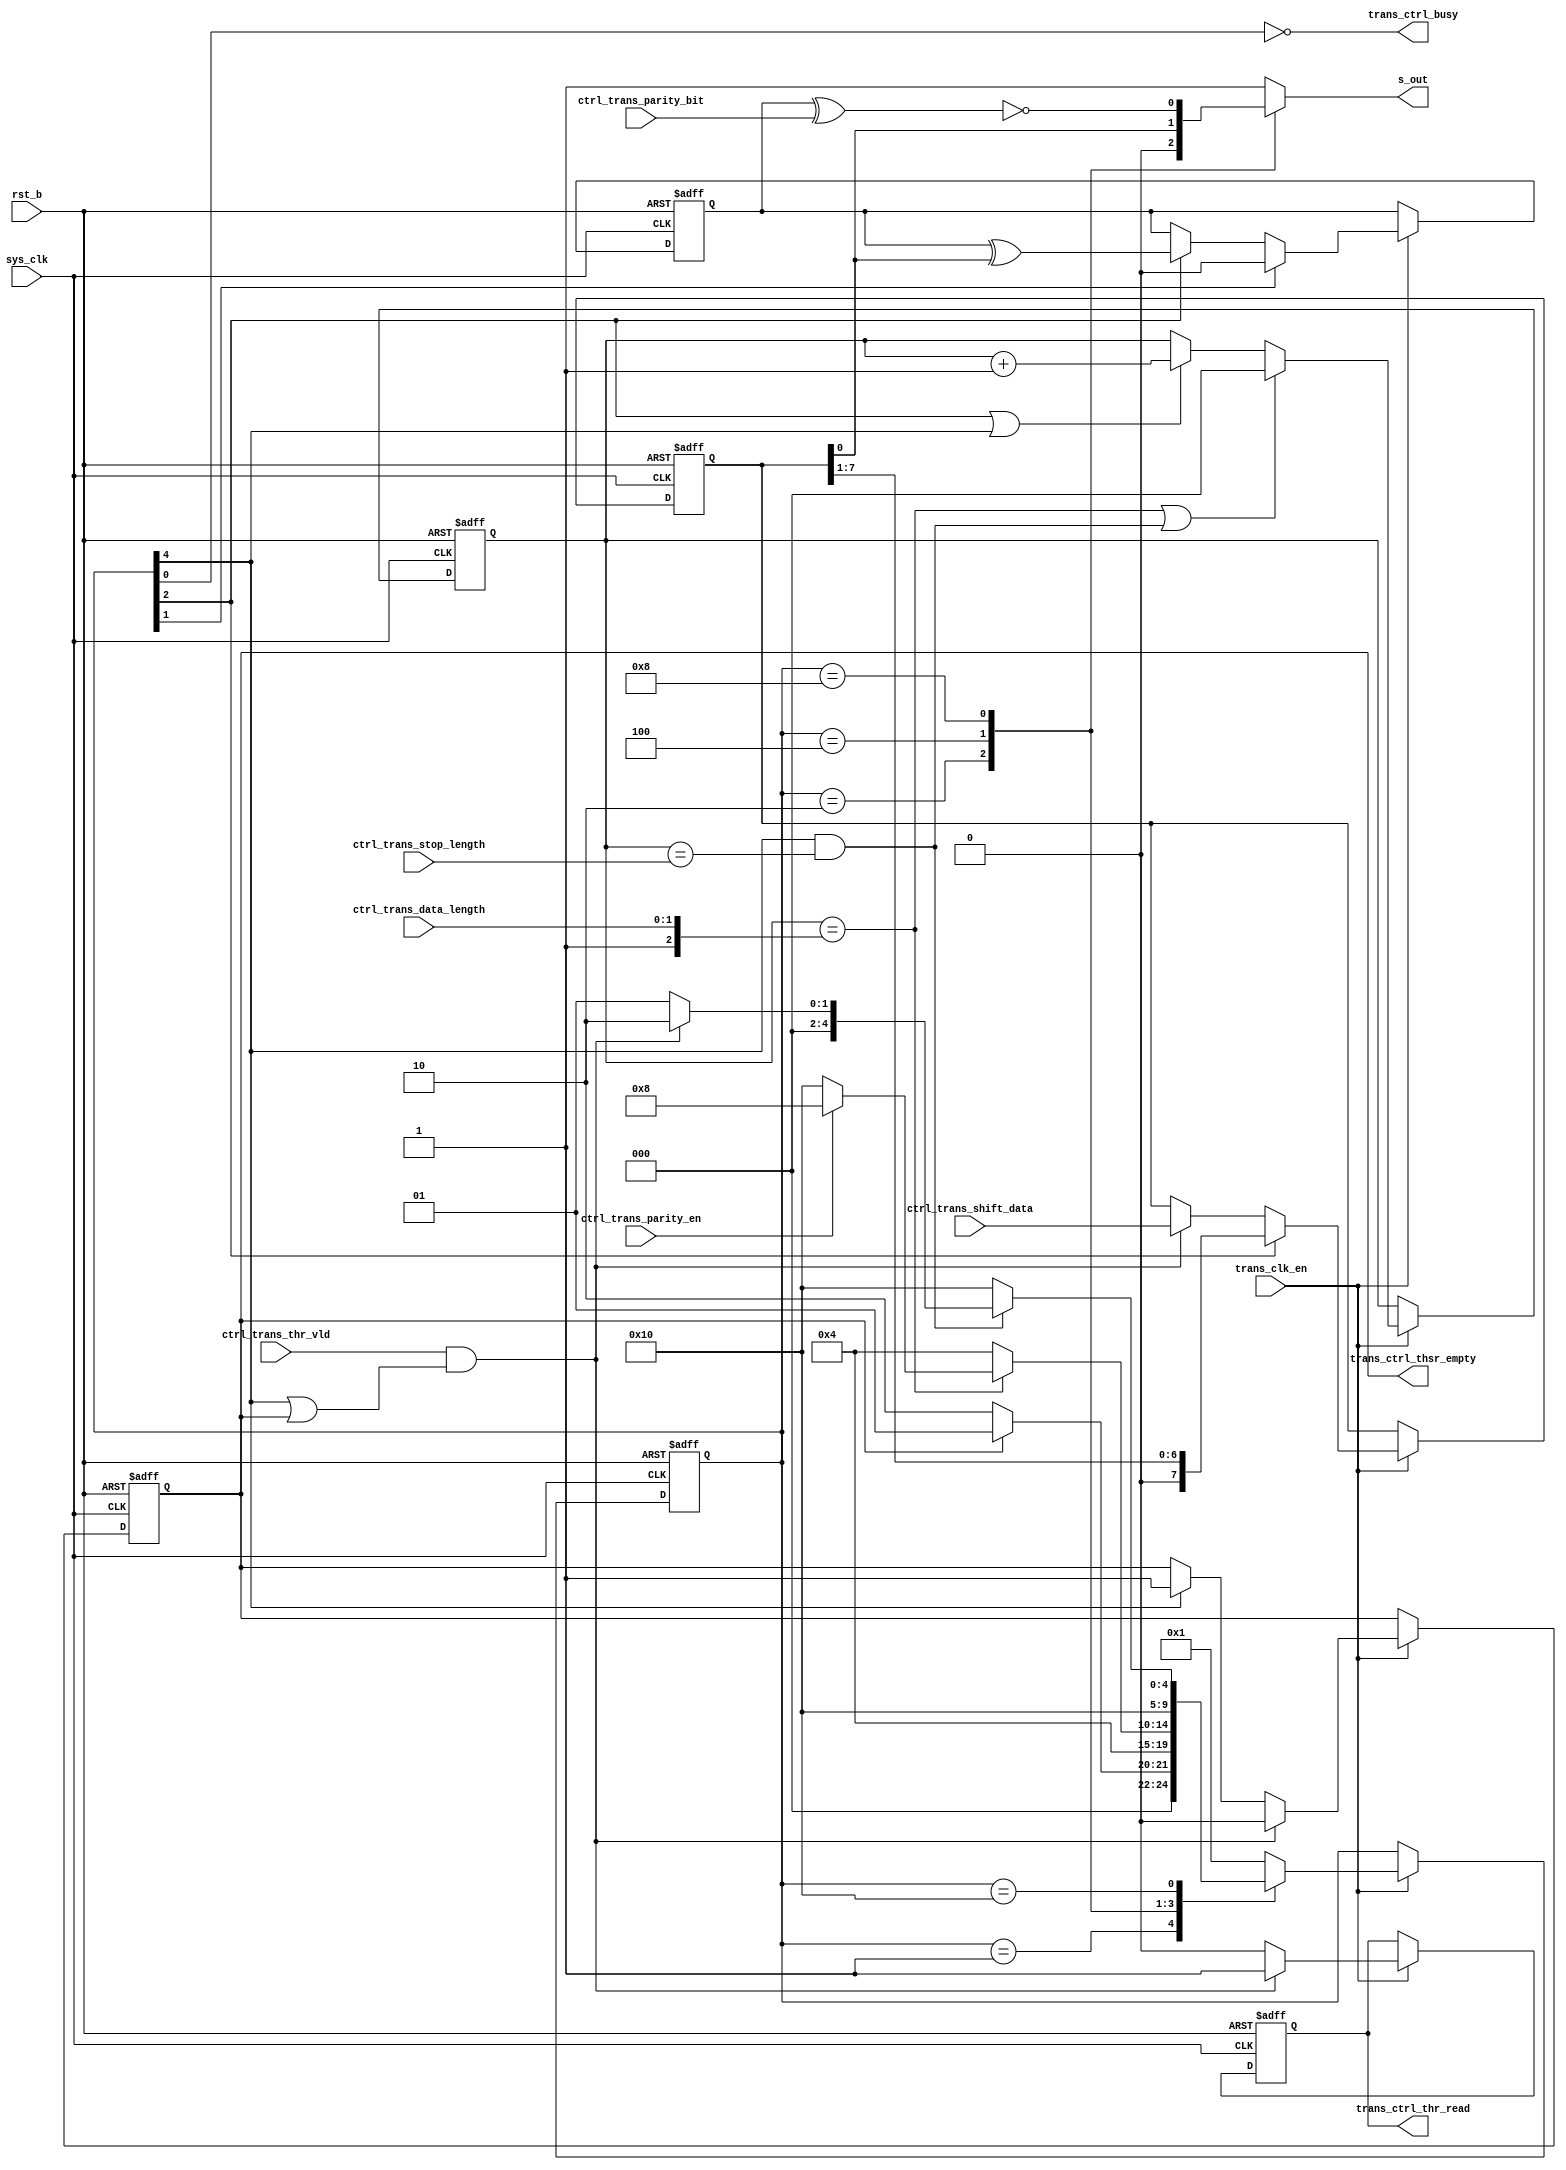
/*Copyright 2020-2021 T-Head Semiconductor Co., Ltd.

Licensed under the Apache License, Version 2.0 (the "License");
you may not use this file except in compliance with the License.
You may obtain a copy of the License at

    http://www.apache.org/licenses/LICENSE-2.0

Unless required by applicable law or agreed to in writing, software
distributed under the License is distributed on an "AS IS" BASIS,
WITHOUT WARRANTIES OR CONDITIONS OF ANY KIND, either express or implied.
See the License for the specific language governing permissions and
limitations under the License.
*/






















module uart_trans(
  ctrl_trans_data_length,
  ctrl_trans_parity_bit,
  ctrl_trans_parity_en,
  ctrl_trans_shift_data,
  ctrl_trans_stop_length,
  ctrl_trans_thr_vld,
  rst_b,
  s_out,
  sys_clk,
  trans_clk_en,
  trans_ctrl_busy,
  trans_ctrl_thr_read,
  trans_ctrl_thsr_empty
);


input   [1:0]  ctrl_trans_data_length; 
input          ctrl_trans_parity_bit; 
input          ctrl_trans_parity_en;  
input   [7:0]  ctrl_trans_shift_data; 
input          ctrl_trans_stop_length; 
input          ctrl_trans_thr_vld;    
input          rst_b;                 
input          sys_clk;               
input          trans_clk_en;          
output         s_out;                 
output         trans_ctrl_busy;       
output         trans_ctrl_thr_read;   
output         trans_ctrl_thsr_empty; 


reg     [2:0]  conter;                
reg     [4:0]  cur_state;             
reg     [4:0]  next_state;            
reg            parity_cout;           
reg            s_out;                 
reg            thsr_empty;            
reg            trans_ctrl_thr_read;   
reg     [7:0]  trans_shift_reg;       


wire    [1:0]  ctrl_trans_data_length; 
wire           ctrl_trans_parity_bit; 
wire           ctrl_trans_parity_en;  
wire    [7:0]  ctrl_trans_shift_data; 
wire           ctrl_trans_stop_length; 
wire           ctrl_trans_thr_vld;    
wire           data_over;             
wire           parity_bit;            
wire           rst_b;                 
wire           stop_over;             
wire           sys_clk;               
wire           thsr_shift_over;       
wire           thsr_wen;              
wire           trans_clk_en;          
wire           trans_ctrl_busy;       
wire           trans_ctrl_thsr_empty; 
wire           trans_enable;          


parameter IDLE   = 5'b00001,
          START  = 5'b00010,
          DATA   = 5'b00100,
          PARITY = 5'b01000,
          STOP   = 5'b10000;

always@(posedge sys_clk or negedge rst_b)
begin
  if(!rst_b)
    cur_state[4:0] <= IDLE;
  else if(trans_clk_en)
    cur_state[4:0] <= next_state[4:0];
end


assign trans_enable          = !thsr_empty;


always @( parity_bit
       or stop_over
       or cur_state[4:0]
       or trans_enable
       or ctrl_trans_parity_en
       or trans_shift_reg[0]
       or data_over
       or thsr_wen)
begin
s_out           = 1'b1;
next_state[4:0] = IDLE;
case(cur_state[4:0])
  IDLE: 
  begin
    if(trans_enable)
      next_state[4:0] = START;
  end  
  START:
  begin
    s_out           = 1'b0;
    next_state[4:0] = DATA;
  end
  DATA:
  begin
    s_out           =  trans_shift_reg[0];
    if(data_over)
      next_state[4:0] = ctrl_trans_parity_en ? PARITY : STOP;
    else
     next_state[4:0] = DATA;
  end
  PARITY:
  begin
    s_out           = parity_bit;
    next_state[4:0] = STOP;
  end
  STOP:
  begin
    s_out           = 1'b1;
    if(stop_over)
    begin
      if(thsr_wen)
         next_state[4:0] = START;
      else
         next_state[4:0] = IDLE;
    end
    else
      next_state[4:0] = STOP;
  end
  default: next_state[4:0] = IDLE;
endcase


end

always@(posedge sys_clk or negedge rst_b)
begin
 if(!rst_b)
   conter[2:0] <= 2'b0;
 else if(trans_clk_en)
 begin
   if(data_over || stop_over)
     conter[2:0] <= 2'b0;   
   else if((cur_state[2]) ||(cur_state[4]))
     conter[2:0] <= conter[2:0] + 1'b1;
 end
end

assign data_over        = (conter[2:0] == {1'b1,ctrl_trans_data_length[1:0]});
assign stop_over        = (cur_state[4]) && (conter[2:0] == {2'b0,ctrl_trans_stop_length}); 





assign trans_ctrl_busy            = !(cur_state[0]); 







assign thsr_shift_over = cur_state[4];





always@(posedge sys_clk or negedge rst_b)
begin
  if( !rst_b )
    trans_shift_reg[7:0] <= 8'b0;
  else if(trans_clk_en)
  begin
   if((cur_state[2]))
    trans_shift_reg[7:0] <= {1'b0,trans_shift_reg[7:1]};
   else if(thsr_wen)
     trans_shift_reg[7:0] <= ctrl_trans_shift_data[7:0];
  end
end

always@(posedge sys_clk or negedge rst_b)
begin
  if( !rst_b )
    thsr_empty <= 1'b1;
  else if(trans_clk_en)
  begin
   if( thsr_wen )
     thsr_empty <= 1'b0;
   else if(thsr_shift_over)
     thsr_empty <= 1'b1;
  end
end

assign thsr_wen = ctrl_trans_thr_vld && ( thsr_shift_over || thsr_empty);

always@(posedge sys_clk or negedge rst_b)
begin
  if( !rst_b )
    trans_ctrl_thr_read <= 1'b0;
  else if(trans_clk_en)
  begin
  if( thsr_wen )
    trans_ctrl_thr_read <= 1'b1;
  else 
    trans_ctrl_thr_read <= 1'b0;
  end
end

assign trans_ctrl_thsr_empty = thsr_empty;
always@(posedge sys_clk or negedge rst_b)
begin
  if( !rst_b )
    parity_cout <= 1'b0;
  else if(trans_clk_en)
  begin
   if(cur_state[1])
     parity_cout <= 1'b0;
   else if( (cur_state[2]))
     parity_cout  <= parity_cout ^ trans_shift_reg[0]; 
  end
end

assign parity_bit = ~(parity_cout ^ ctrl_trans_parity_bit);
  

endmodule